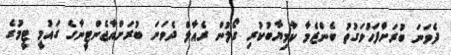
ދެވަނަ ބުރަށްފަހުވަގުތު ބެންޒެމާ ކާމިޔާބުކުރި ގޯލުން ރެއާލް ދެވަނަ ބުރަށްއާޖެންޓީނާގެ ގައުމީ ޓީމުގެ